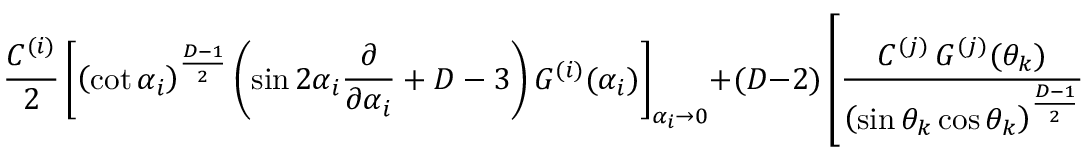
\frac { C ^ { ( i ) } } { 2 } \left[ \left( \cot \alpha _ { i } \right) ^ { \frac { D - 1 } { 2 } } \left( \sin 2 \alpha _ { i } \frac { \partial } { \partial \alpha _ { i } } + D - 3 \right) G ^ { ( i ) } ( \alpha _ { i } ) \right] _ { \alpha _ { i } \rightarrow 0 } + ( D - 2 ) \left[ \frac { C ^ { ( j ) } \, G ^ { ( j ) } ( \theta _ { k } ) } { \left( \sin \theta _ { k } \cos \theta _ { k } \right) ^ { \frac { D - 1 } { 2 } } } + \frac { C ^ { ( k ) } \, G ^ { ( k ) } ( \theta _ { j } ) } { \left( \sin \theta _ { j } \cos \theta _ { j } \right) ^ { \frac { D - 1 } { 2 } } } \right] = 0 \, ,